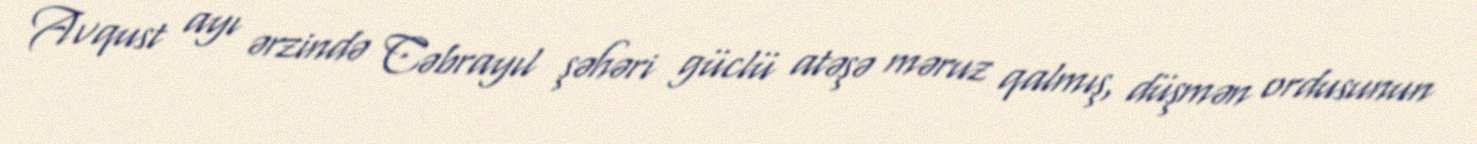
Avqust ayı ərzində Cəbrayıl şəhəri güclü atəşə məruz qalmış, düşmən ordusunun